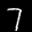
Label: 7